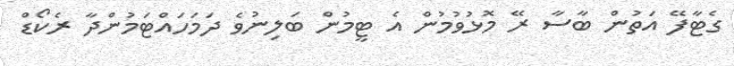
ގެޓާފޭ އަތުން ބާސާ ރޭ މޮޅުވުމުން އެ ޓީމުން ބަލިނުވެ ދަމަހައްޓަމުންދާ ރެކޯޑް